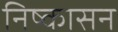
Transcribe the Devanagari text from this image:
निष्‍कासन